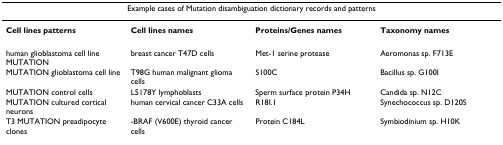
<table><thead><tr><td colspan="4"><b>Example cases of Mutation disambiguation dictionary records and patterns</b></td></tr></thead><tbody><tr><td><b>Cell lines patterns</b></td><td><b>Cell lines names</b></td><td><b>Proteins/Genes names</b></td><td><b>Taxonomy names</b></td></tr><tr><td>human glioblastoma cell line MUTATION</td><td>breast cancer T47D cells</td><td>Met-1 serine protease</td><td>Aeromonas sp. F713E</td></tr><tr><td>MUTATION glioblastoma cell line</td><td>T98G human malignant glioma cells</td><td>S100C</td><td>Bacillus sp. G100I</td></tr><tr><td>MUTATION control cells</td><td>L5178Y lymphoblasts</td><td>Sperm surface protein P34H</td><td>Candida sp. N12C</td></tr><tr><td>MUTATION cultured cortical neurons</td><td>human cervical cancer C33A cells</td><td>R18I.1</td><td>Synechococcus sp. D120S</td></tr><tr><td>T3 MUTATION preadipocyte clones</td><td>-BRAF (V600E) thyroid cancer cells</td><td>Protein C184L</td><td>Symbiodinium sp. H10K</td></tr></tbody></table>